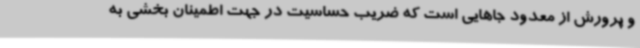
و پرورش از معدود جاهایی است که ضریب حساسیت در جهت اطمینان بخشی به